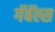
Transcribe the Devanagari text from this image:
गॅबॅल्स